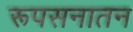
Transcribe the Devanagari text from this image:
रूपसनातन